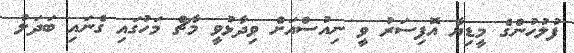
ފުލުހުންގެ މީޑިޔާ އޮފިސަރު ވީ ނިއުސްއަށް ވިދާޅުވީ މާޗް މަހުގައި ގެނައި ބަދަލު